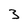
Character: 3